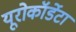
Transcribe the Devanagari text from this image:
यूरोकॉर्डेटा